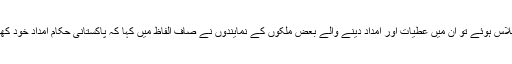
گزشتہ دنوں جب پاکستان کی مدد کے لیے عالمی اداروں کے اجلاس ہوئے تو ان میں عطیات اور امداد دینے والے بعض ملکوں کے نمایندوں نے صاف الفاظ میں کہا کہ پاکستانی حکام امداد خود کھا جاتے ہیں اس پر ہم بے حیائی کے ساتھ دانت نکالتے رہ گئے۔